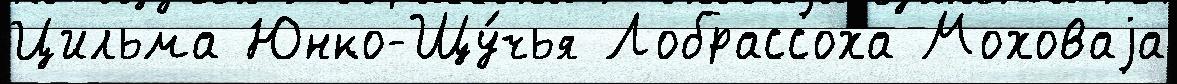
Цильма Юнко-Щу́чья Лобрассоха Моховаjа